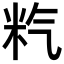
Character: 𥸽